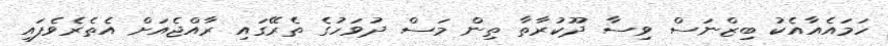
ހަމައެއާއެކު ބިޒްނަސް ވިސާ ދޫކުރާތާ ތިން މަސް ދުވަހުގެ ތެރޭގައި ރާއްޖެއަށް އެތެރެވެފައި